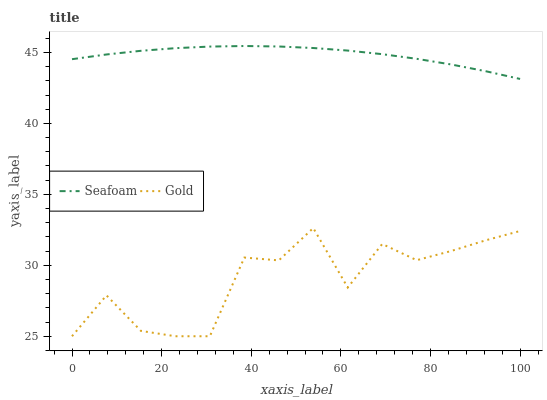
| xaxis_label | Seafoam | Gold |
 | --- | --- | --- |
 | 0 | 44.5 | 25 |
 | 7.69 | 44.9 | 27.9 |
 | 15.4 | 45.1 | 25.4 |
 | 23.1 | 45.3 | 25 |
 | 30.8 | 45.4 | 25 |
 | 38.5 | 45.5 | 30.5 |
 | 46.2 | 45.4 | 30.3 |
 | 53.8 | 45.3 | 32.6 |
 | 61.5 | 45.1 | 28.4 |
 | 69.2 | 44.9 | 31.5 |
 | 76.9 | 44.6 | 30.4 |
 | 84.6 | 44.2 | 31 |
 | 92.3 | 43.7 | 31.8 |
 | 100 | 43.1 | 32.4 |